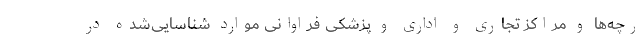
رچه‌ها و مراکز تجاری و اداری و پزشکی فراوانی موارد شناسایی‌شده در